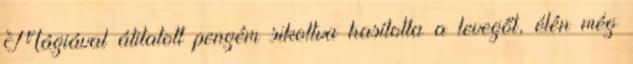
Mágiával átitatott pengém sikoltva hasította a levegőt, élén még